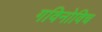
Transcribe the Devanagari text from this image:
गविनोविच